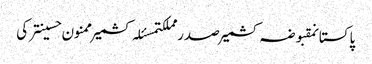
پاکستانمقبوضہ کشمیرصدر مملکتمسئلہ کشمیرممنون حسینترکی